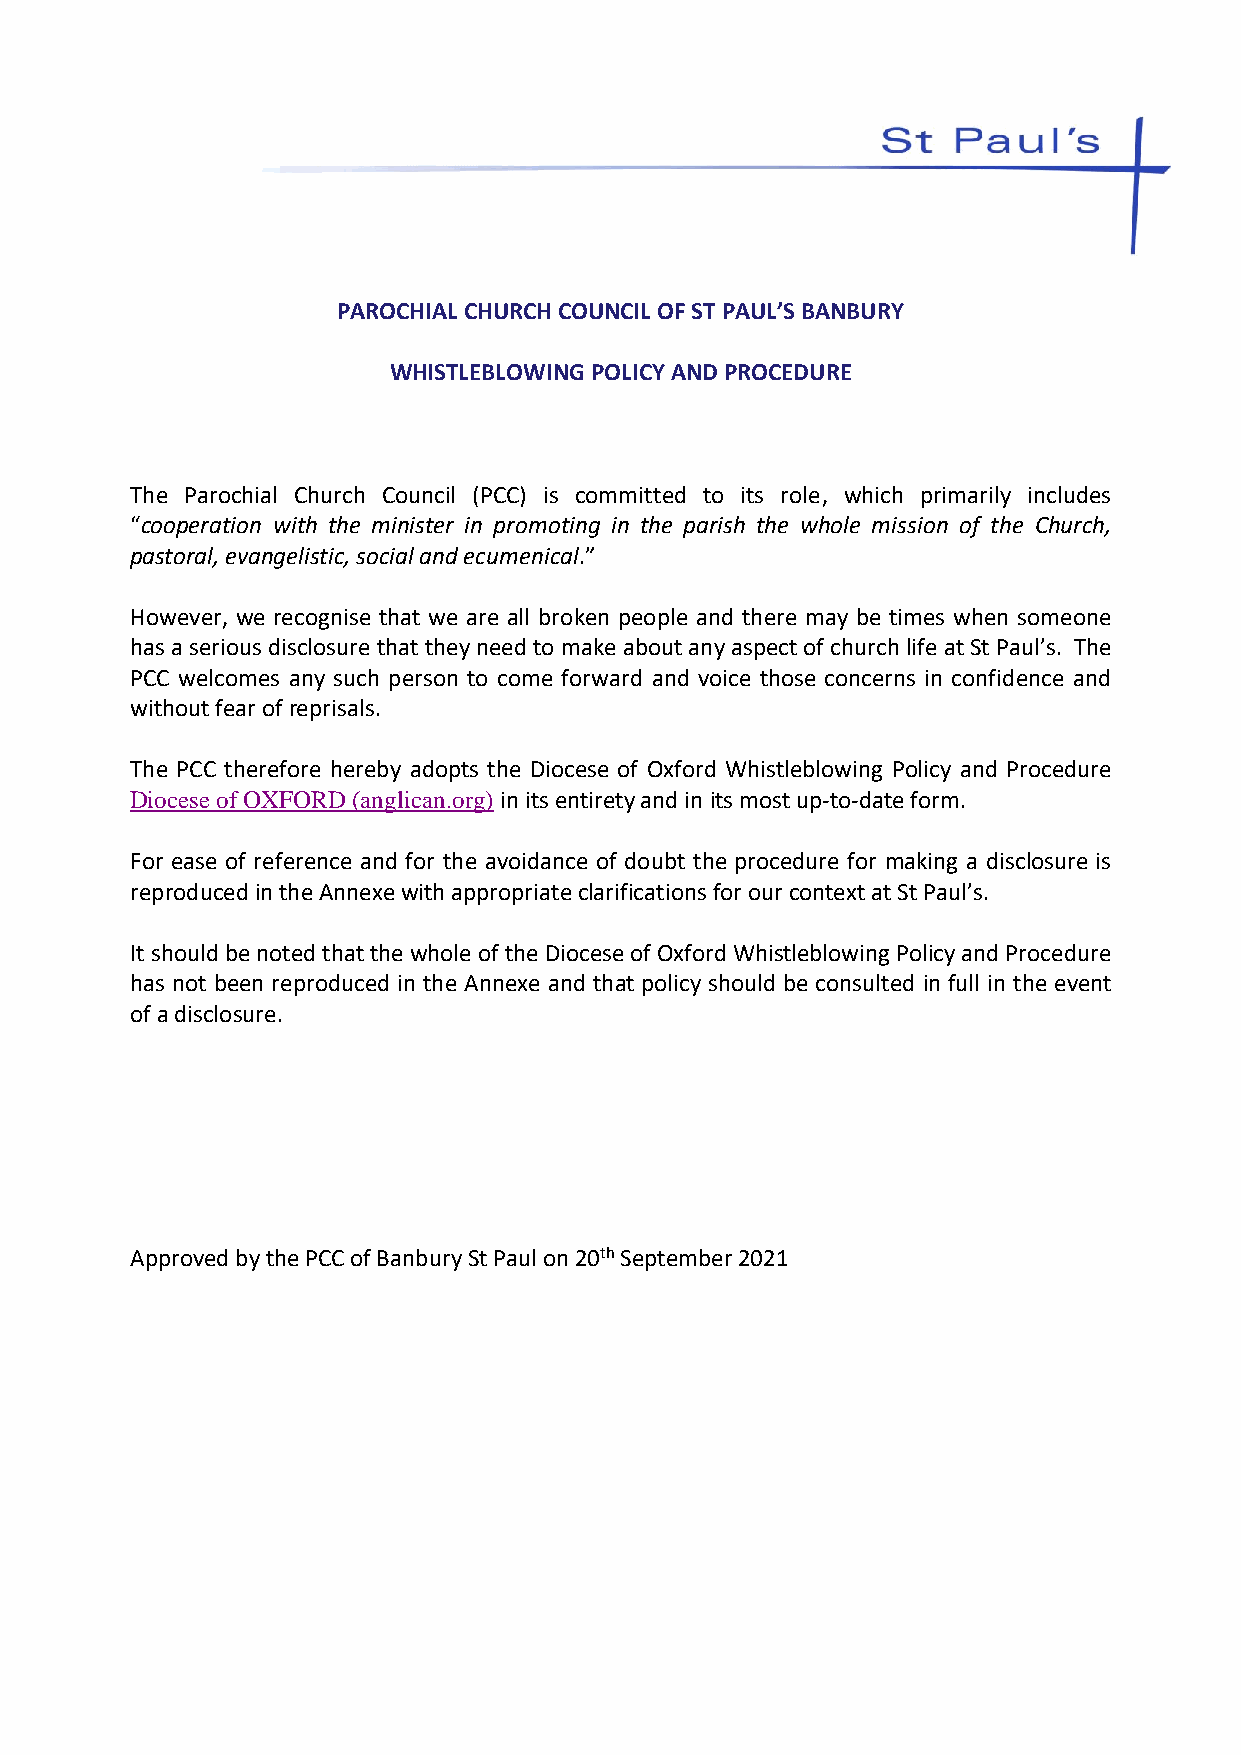
PAROCHIAL CHURCH COUNCIL OF ST PAUL’S BANBURY
 WHISTLEBLOWING POLICY AND PROCEDURE
 The Parochial Church Council (PCC) is committed to its role, which primarily includes
 “cooperation with the minister in promoting in the parish the whole mission of the Church,
 pastoral, evangelistic, social and ecumenical.”
 However, we recognise that we are all broken people and there may be times when someone
 has a serious disclosure that they need to make about any aspect of church life at St Paul’s. The
 PCC welcomes any such person to come forward and voice those concerns in confidence and
 without fear of reprisals.
 The PCC therefore hereby adopts the Diocese of Oxford Whistleblowing Policy and Procedure
 Diocese of OXFORD (anglican.org) in its entirety and in its most up-to-date form.
 For ease of reference and for the avoidance of doubt the procedure for making a disclosure is
 reproduced in the Annexe with appropriate clarifications for our context at St Paul’s.
 It should be noted that the whole of the Diocese of Oxford Whistleblowing Policy and Procedure
 has not been reproduced in the Annexe and that policy should be consulted in full in the event
 of a disclosure.
 Approved by the PCC of Banbury St Paul on 20th September 2021